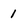
Character: 1